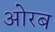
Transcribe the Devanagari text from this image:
ओरब